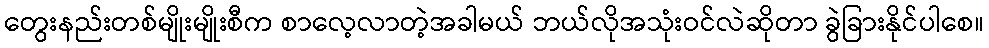
တွေးနည်းတစ်မျိုးမျိုးစီက စာလေ့လာတဲ့အခါမယ် ဘယ်လိုအသုံးဝင်လဲဆိုတာ ခွဲခြားနိုင်ပါစေ။